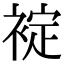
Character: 䘺